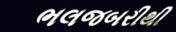
ભલજબરીથી